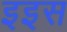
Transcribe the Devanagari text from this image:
इइस